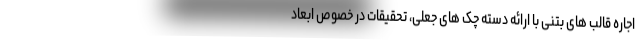
اجاره قالب های بتنی با ارائه دسته چک های جعلی، تحقیقات در خصوص ابعاد